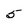
Character: 5